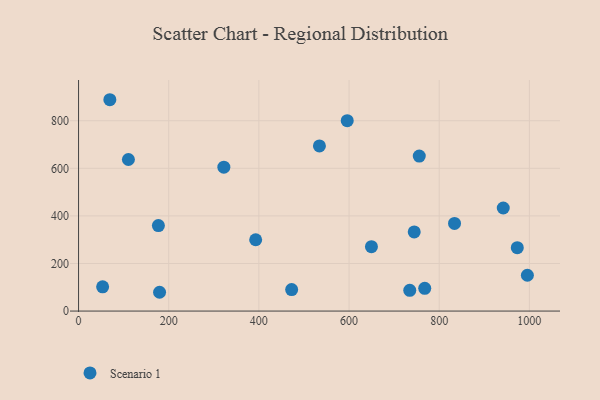
{"axis": {"x": "Distance", "y": "Demand"}, "legend": ["Scenario 1"], "data": [{"x": "834.0", "y": 368.2, "type": "Scenario 1"}, {"x": "534.3", "y": 694.2, "type": "Scenario 1"}, {"x": "767.9", "y": 95.5, "type": "Scenario 1"}, {"x": "596.0", "y": 800.4, "type": "Scenario 1"}, {"x": "995.6", "y": 150.6, "type": "Scenario 1"}, {"x": "472.7", "y": 90.4, "type": "Scenario 1"}, {"x": "322.3", "y": 604.9, "type": "Scenario 1"}, {"x": "973.2", "y": 266.4, "type": "Scenario 1"}, {"x": "110.6", "y": 637.1, "type": "Scenario 1"}, {"x": "69.4", "y": 888.3, "type": "Scenario 1"}, {"x": "744.6", "y": 332.6, "type": "Scenario 1"}, {"x": "179.7", "y": 79.0, "type": "Scenario 1"}, {"x": "53.4", "y": 101.9, "type": "Scenario 1"}, {"x": "392.9", "y": 299.8, "type": "Scenario 1"}, {"x": "734.7", "y": 87.4, "type": "Scenario 1"}, {"x": "755.8", "y": 651.6, "type": "Scenario 1"}, {"x": "942.1", "y": 433.2, "type": "Scenario 1"}, {"x": "649.7", "y": 270.8, "type": "Scenario 1"}, {"x": "177.1", "y": 359.4, "type": "Scenario 1"}]}